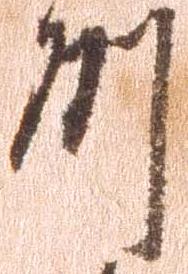
州